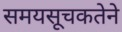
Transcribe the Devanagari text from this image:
समयसूचकतेने